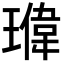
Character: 𬎉